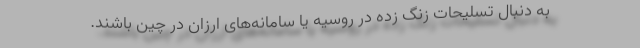
به دنبال تسلیحات زنگ زده در روسیه یا سامانه‌های ارزان در چین باشند.